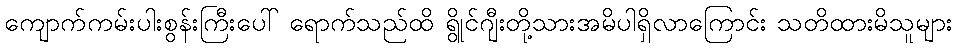
ကျောက်ကမ်းပါးစွန်းကြီးပေါ် ရောက်သည်ထိ ရွိုင်ဂျီးတို့သားအမိပါရှိလာကြောင်း သတိထားမိသူများ